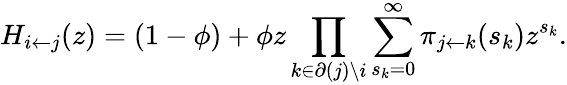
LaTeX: H_{i\leftarrow j}(z)=(1-\phi)+\phi z\prod_{k\in\partial(j)\backslash i}\sum_{s_{k}=0}^{\infty}\pi_{j\leftarrow k}(s_{k})z^{s_{k}}.